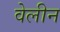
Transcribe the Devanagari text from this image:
वेलीन